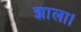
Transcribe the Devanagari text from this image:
झाला।